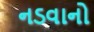
નડવાનો